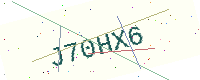
Text: J70HX6